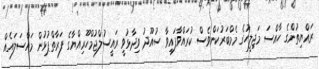
ރައްޔިތުންގެ ހާއްސަ މަޖިލީހުގެ މެމްބަރުކަންވެސް ކުރައްވާފައިވާ ސުއޫދު ވިދާޅުވީ ރައީސުލްޖުމްހޫރިއްޔާގެ ފަރާތްޕުޅުން މައްސަލައެއް